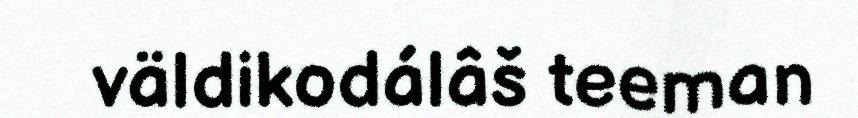
väldikodálâš teeman